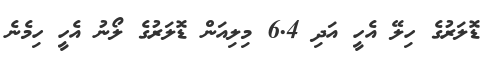
ޑޮލަރުގެ ހިލޭ އެހީ އަދި 6.4 މިލިއަން ޑޮލަރުގެ ލޯނު އެހީ ހިމެނެ